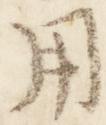
用